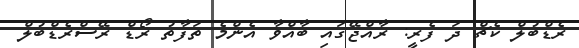
ރެޑްބުލް ކެޗް ދަ ފެރީ: ރާއްޖޭގައި ބާއްވާ އެންމެ ތަފާތު ރޯޑް ރޭސްރެޑްބުލް